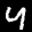
Label: 4